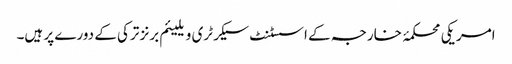
امریکی محکمۂ خارجہ کے اسسٹنٹ سیکرٹری ویلیئم برنز ترکی کے دورے پر ہیں۔